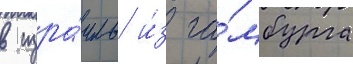
в изра́иль и́з га́мбурга